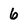
Character: 6